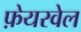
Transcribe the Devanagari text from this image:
फ़ेयरवेल